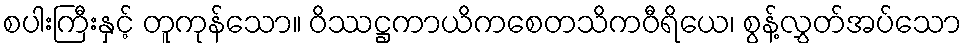
စပါးကြီးနှင့် တူကုန်သော။ ဝိဿဋ္ဌကာယိကစေတသိကဝီရိယေ၊ စွန့်လွှတ်အပ်သော